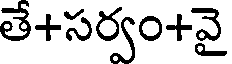
తే+సర్వం+వై